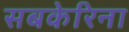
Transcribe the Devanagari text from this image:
सबकेरिना